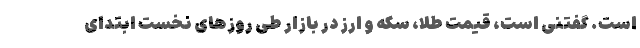
است. گفتنی است، قیمت طلا، سکه و ارز در بازار طی روزهای نخست ابتدای